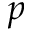
p